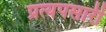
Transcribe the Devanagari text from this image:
प्रत्यपसारी